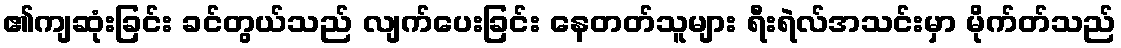
၏ကျဆုံးခြင်း ခင်တွယ်သည် လျက်ပေးခြင်း နေတတ်သူများ ရီးရဲလ်အသင်းမှာ မိုက်တ်သည်